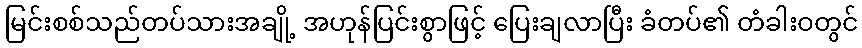
မြင်းစစ်သည်တပ်သားအချို့ အဟုန်ပြင်းစွာဖြင့် ပြေးချလာပြီး ခံတပ်၏ တံခါးဝတွင်